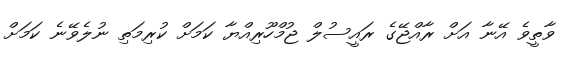
ވާތީވެ އޭނާ އަށް ރާއްޖޭގެ ރައީސުލް ޖުމްހޫރިއްޔާ ކަމަށް ކުރިމަތި ނުލެވޭނެ ކަމަށް